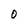
Character: O